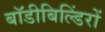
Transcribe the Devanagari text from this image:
बॉडीबिल्डिंरों